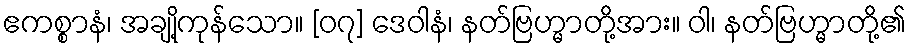
ဧကစ္စာနံ၊ အချို့ကုန်သော။ [၀၇] ဒေဝါနံ၊ နတ်ဗြဟ္မာတို့အား။ ဝါ၊ နတ်ဗြဟ္မာတို့၏